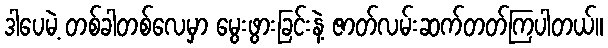
ဒါပေမဲ့ တစ်ခါတစ်လေမှာ မွေးဖွားခြင်းနဲ့ ဇာတ်လမ်းဆက်တတ်ကြပါတယ်။